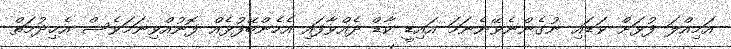
އަމިއްލަ ފުޅަށް ވަޑައި ނުގެންނެވޭނެނަމަ އައިޑީ ކާޑް ދެއްވާފައި އެހެންބޭފުޅެއް ފޮނުއްވިނަމަވެސް އެޚިދުމަތް